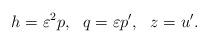
LaTeX: \begin{align*}h=\varepsilon^2 p,\ \ q=\varepsilon p',\ \ z=u'.\end{align*}